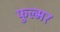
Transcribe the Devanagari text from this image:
फुल्मर